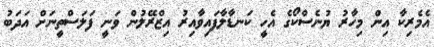
އެމެރިކާ އިން މިހާރު ޔުނެސްކޯގެ އެހީ ކަނޑާލާފައިވާއިރު އިޒްރޭލުން ވަނީ ފަލަސްތީނަށް އަދަބު